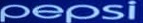
Pepsi